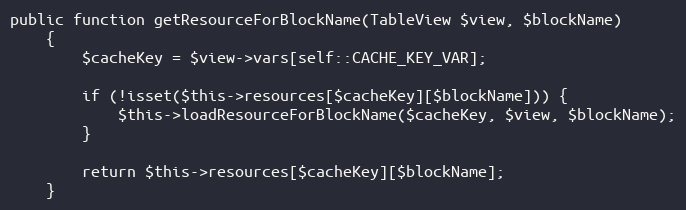
Language: PHP
public function getResourceForBlockName(TableView $view, $blockName)
    {
        $cacheKey = $view->vars[self::CACHE_KEY_VAR];

        if (!isset($this->resources[$cacheKey][$blockName])) {
            $this->loadResourceForBlockName($cacheKey, $view, $blockName);
        }

        return $this->resources[$cacheKey][$blockName];
    }